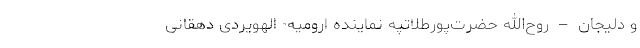
و دلیجان – روح‌الله حضرت‌پورطلاتپه نماینده ارومیه- الهویردی دهقانی